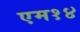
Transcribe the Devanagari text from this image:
एम१४